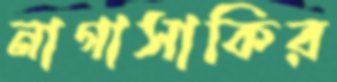
নাগাসাকির